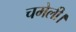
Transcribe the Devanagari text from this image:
चमेली।